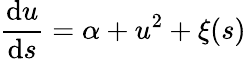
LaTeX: \frac{\mathrm{d}u}{\mathrm{d}s}=\alpha+u^{2}+\xi(s)